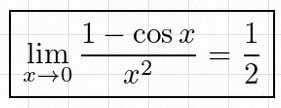
\lim_{x\to0}\frac{1-\cos x}{x^2}=\frac12